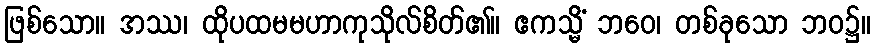
ဖြစ်သော။ အဿ၊ ထိုပထမမဟာကုသိုလ်စိတ်၏။ ဧကသ္မိံ ဘဝေ၊ တစ်ခုသော ဘဝ၌။